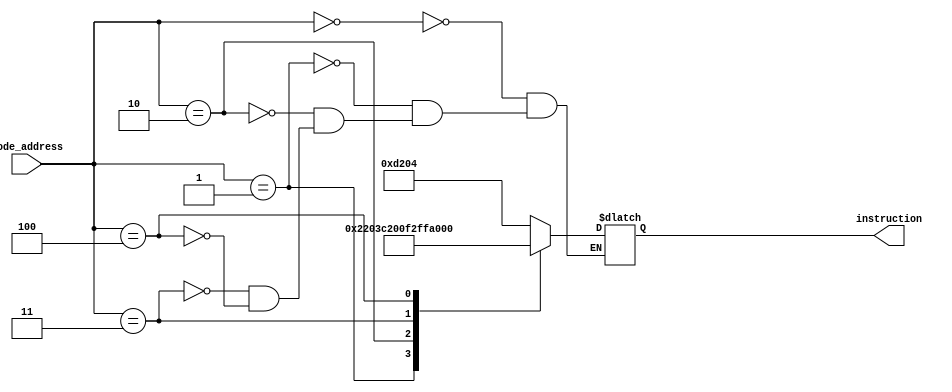
module SOFT(
    input [11:0] code_address,
    output reg [15:0] instruction
    );
always @(code_address)
    begin
        case(code_address)
            12'b000000000000: instruction <= 16'b1101001000000100;
            12'b000000000001: instruction <= 16'b0010001000000011;
            12'b000000000010: instruction <= 16'b1100001000000000;
            12'b000000000011: instruction <= 16'b1111001011111111;
            12'b000000000100: instruction <= 16'b1010000000000011;
        endcase
    end
endmodule